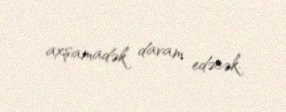
axşamadək davam edəcək.